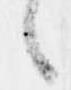
候